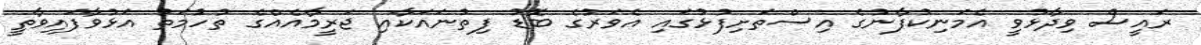
ރައީސް ވިދާޅުވީ އެމަނިކުފާނުގެ އިސްތަށިފުޅުގައި އެވަރުގެ ބޮޑު ފިތުނައަކާއި ޖަރީމާއެއްގެ ތުހުމަތު އަޅުވާފައިވާތީ